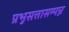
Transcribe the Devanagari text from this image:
प्रभुसत्तासम्पन्न